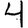
Digit: 4